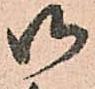
御